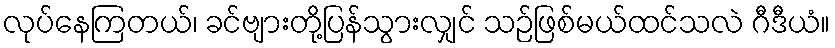
လုပ်နေကြတယ်၊ ခင်ဗျားတို့ပြန်သွားလျှင် သဉ်ဖြစ်မယ်ထင်သလဲ ဂီဒီယံ။